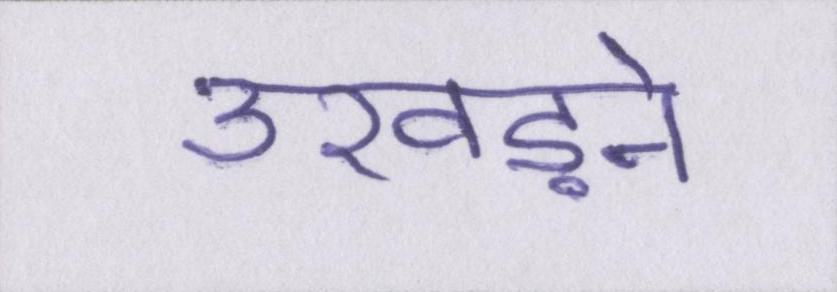
उखड़ने